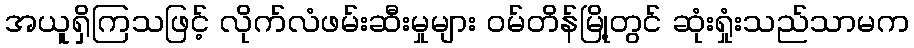
အယူရှိကြသဖြင့် လိုက်လံဖမ်းဆီးမှုများ ဝမ်တိန်မြို့တွင် ဆုံးရှုံးသည်သာမက